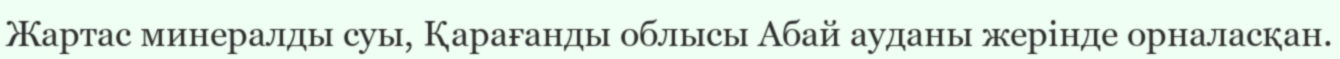
Жартас минералды суы, Қарағанды облысы Абай ауданы жерінде орналасқан.